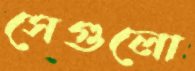
সেগুলো